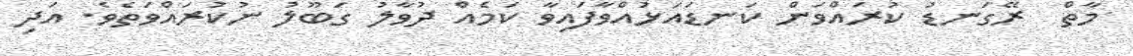
މާތް  ރޭގަނޑު ކުރައްވަން ކަނޑައަޅުއްވާފައިވާ ކަމެއް ދުވާލު ގަބޫލު ނުކުރައްވަތެވެ. އަދި